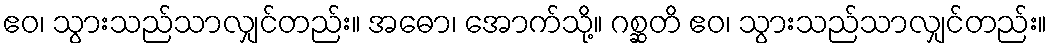
ဧဝ၊ သွားသည်သာလျှင်တည်း။ အဓော၊ အောက်သို့။ ဂစ္ဆတိ ဧဝ၊ သွားသည်သာလျှင်တည်း။